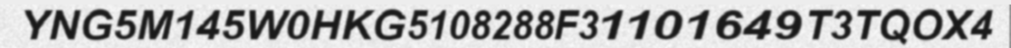
YNG5M145W0HKG5108288F31101649T3TQOX4